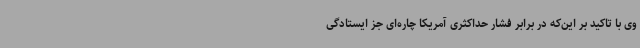
وی با تاکید بر این‌که در برابر فشار حداکثری آمریکا چاره‌ای جز ایستادگی